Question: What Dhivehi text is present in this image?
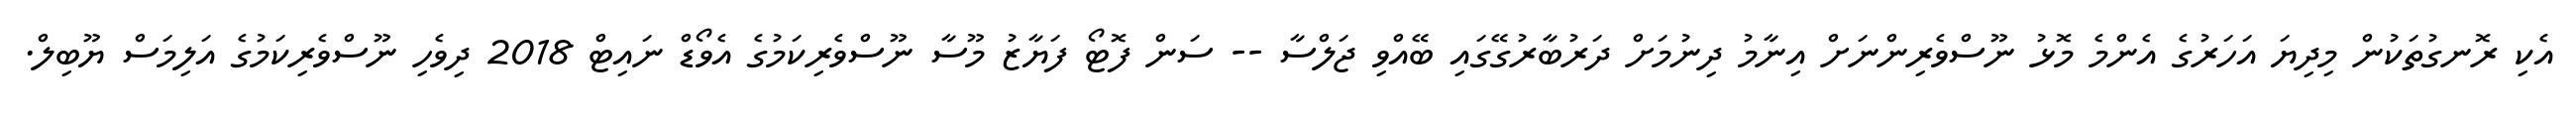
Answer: އެކި ރޮނގުތަކުން މިދިޔަ އަހަރުގެ އެންމެ މޮޅު ނޫސްވެރިންނަށް އިނާމު ދިނުމަށް ދަރުބާރުގޭގައި ބޭއްވި ޖަލްސާ -- ސަން ފޮޓޯ ފަޔާޒު މޫސާ ނޫސްވެރިކަމުގެ އެވޯޑް ނައިޓް 2018 ދިވެހި ނޫސްވެރިކަމުގެ އަލިމަސް ޔޫބިލް.